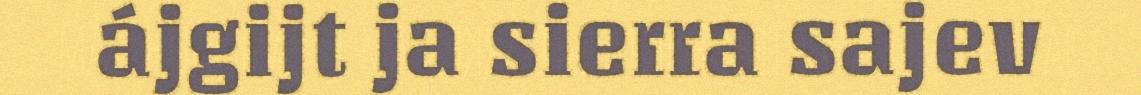
ájgijt ja sierra sajev